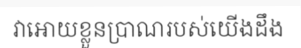
វាអោយខ្លួនប្រាណរបស់យើងដឹង